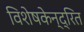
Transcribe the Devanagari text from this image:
विशेषकेन्द्रित